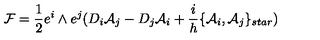
{ \cal { F } } = \frac { 1 } { 2 } e ^ { i } \wedge e ^ { j } ( D _ { i } { \cal { A } } _ { j } - D _ { j } { \cal { A } } _ { i } + \frac { i } { h } \{ { \cal { A } } _ { i } , { \cal { A } } _ { j } \} _ { s t a r } )